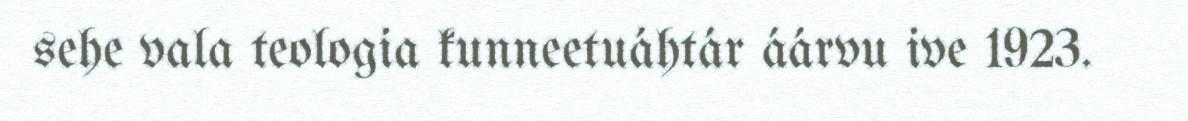
sehe vala teologia kunneetuáhtár áárvu ive 1923.